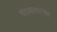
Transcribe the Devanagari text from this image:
दंतकथागत